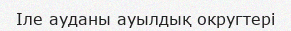
Іле ауданы ауылдық округтері